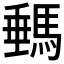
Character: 𩣷